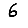
Digit: 6